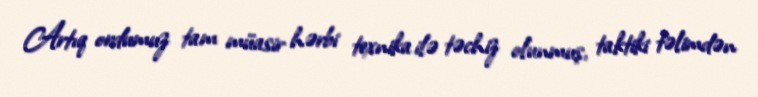
Artıq ordumuz tam müasir hərbi texnika ilə təchiz olunmuş, taktiki təlimdən